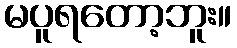
မပူရတော့ဘူး။